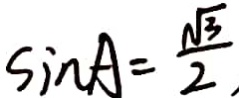
\sin A = \frac { \sqrt { 3 } } { 2 } ,